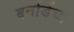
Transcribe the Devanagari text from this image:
बर्नार्डचा